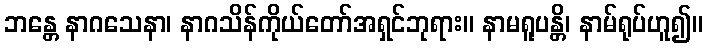
ဘန္တေ နာဂသေနာ၊ နာဂသိန်ကိုယ်တော်အရှင်ဘုရား။ နာမရူပန္တိ၊ နာမ်ရုပ်ဟူ၍။